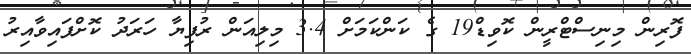
ފޮރިން މިނިސްޓްރީން ކޮވިޑް19 ގެ ކަންކަމަށް 3.4 މިލިއަން ރުފިޔާ ހަރަދު ކޮށްފައިވާއިރު